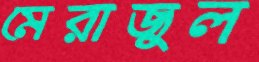
মেরাজুল